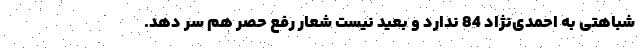
شباهتی به احمدی‌نژاد 84 ندارد و بعید نیست شعار رفع حصر هم سر دهد.